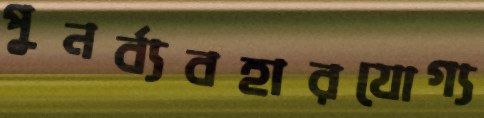
পুনর্ব্যবহারযোগ্য